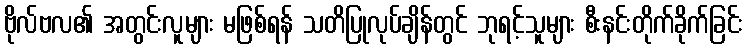
ဗိုလ်ဗလ၏ အတွင်းလူများ မဖြစ်ရန် သတိပြုလုပ်ချိန်တွင် ဘုရင့်သူများ စီးနင်းတိုက်ခိုက်ခြင်း